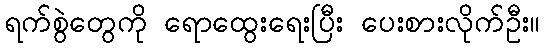
ရက်စွဲတွေကို ရောထွေးရေးပြီး ပေးစားလိုက်ဦး။